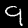
Digit: 9